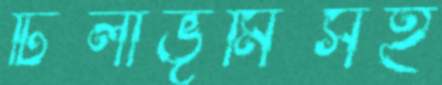
টিলাভূমিসহ